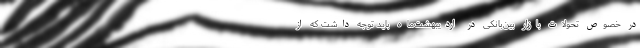
در خصوص تحولات بازار بین‌بانکی در اردیبهشت‌ماه باید توجه داشت که از